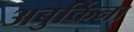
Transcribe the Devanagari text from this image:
अबुर्किना